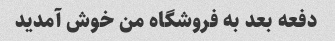
دفعه بعد به فروشگاه من خوش آمدید